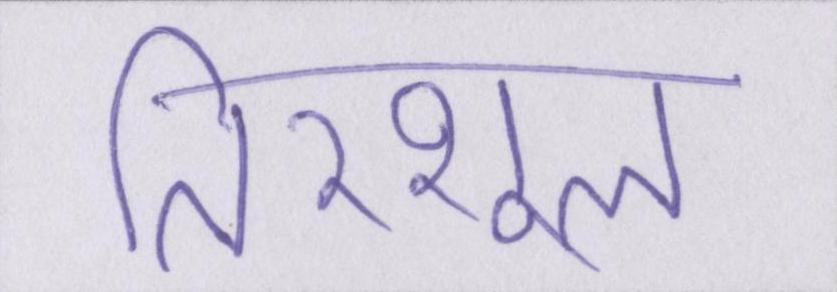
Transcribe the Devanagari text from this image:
तिरशूल